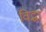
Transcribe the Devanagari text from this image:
विद्धा